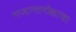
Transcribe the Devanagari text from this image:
गजान्तमोक्षाचा